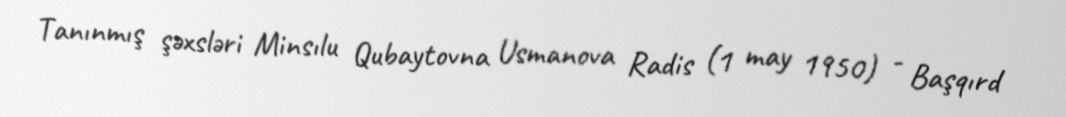
Tanınmış şəxsləri Minsılu Qubaytovna Usmanova Radis (1 may 1950) - Başqırd